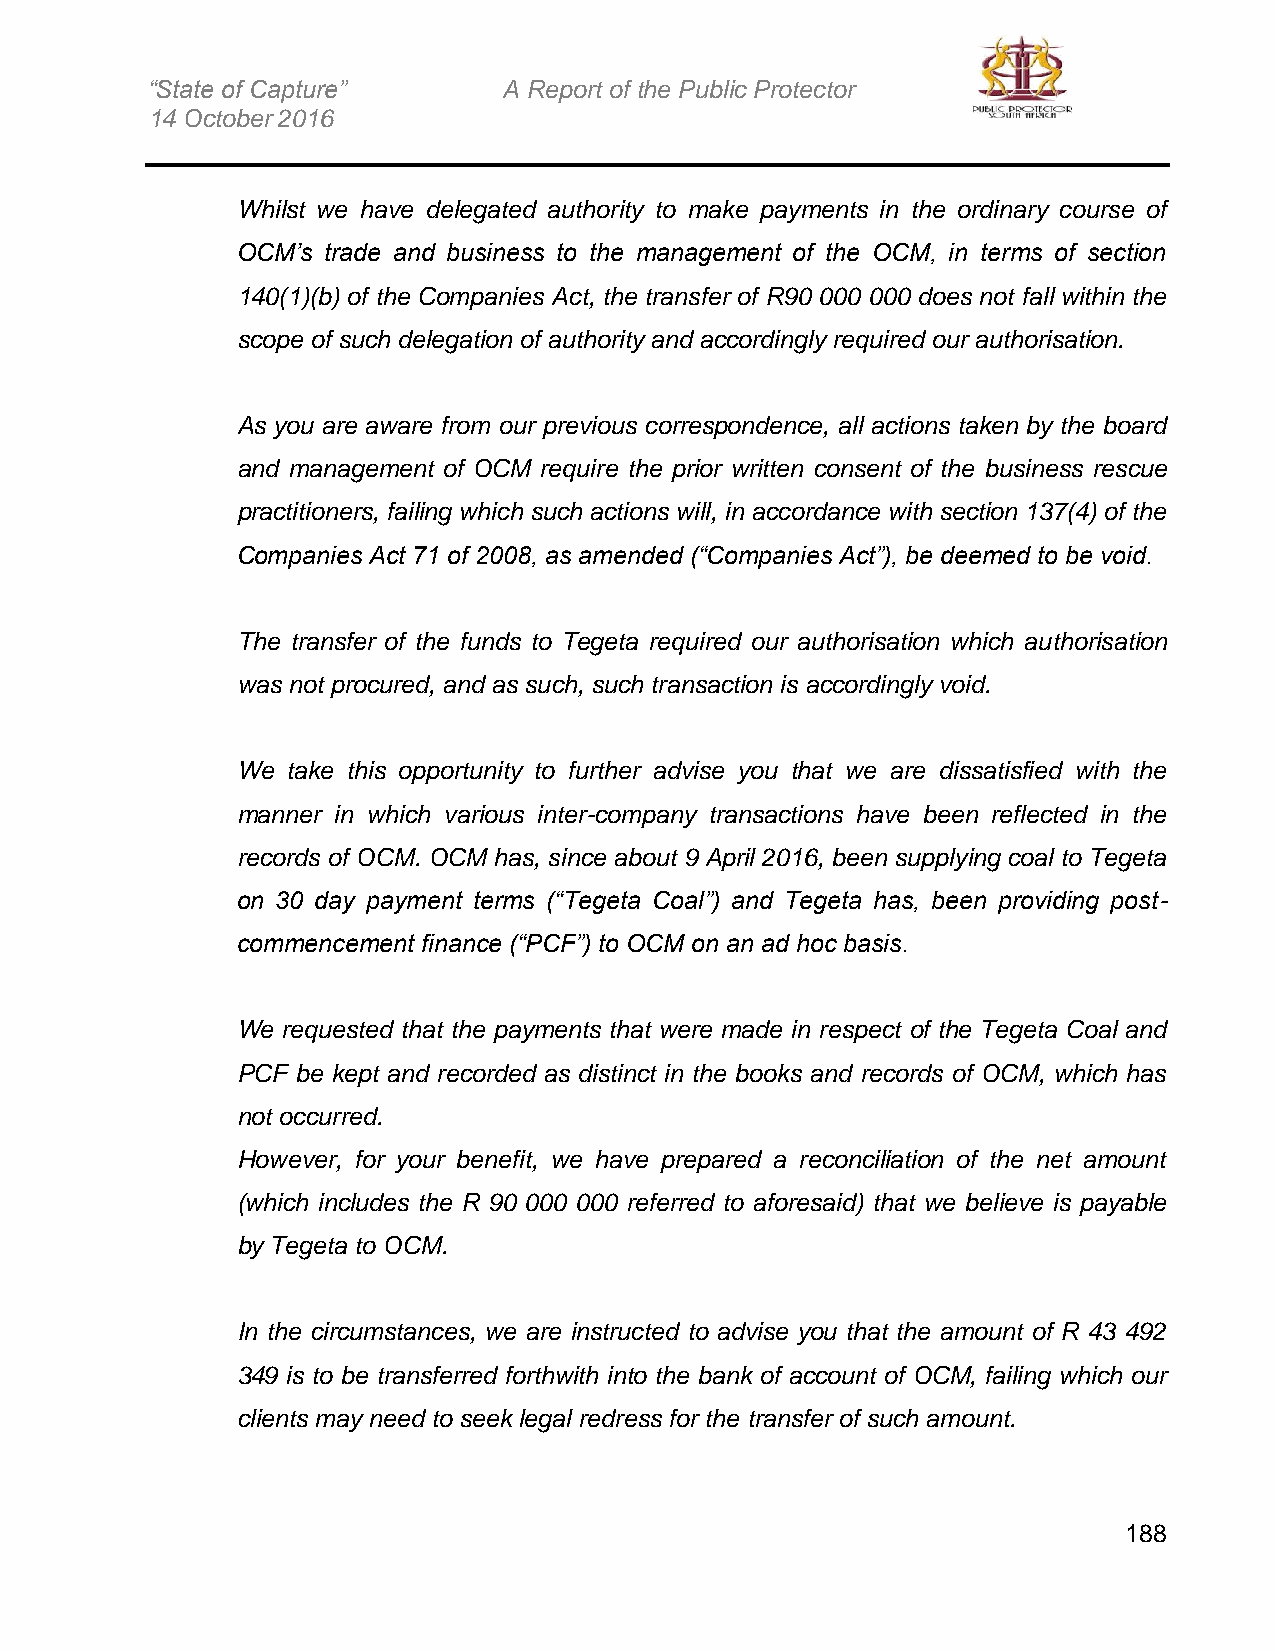
“State of Capture”     A Report of the Public Protector
 14 October 2016
 Whilst we have delegated authority to make payments in the ordinary course of
 OCM’s trade and business to the management of the OCM, in terms of section
 140(1)(b) of the Companies Act, the transfer of R90 000 000 does not fall within the
 scope of such delegation of authority and accordingly required our authorisation.
 As you are aware from our previous correspondence, all actions taken by the board
 and management of OCM require the prior written consent of the business rescue
 practitioners, failing which such actions will, in accordance with section 137(4) of the
 Companies Act 71 of 2008, as amended (“Companies Act”), be deemed to be void.
 The transfer of the funds to Tegeta required our authorisation which authorisation
 was not procured, and as such, such transaction is accordingly void.
 We take this opportunity to further advise you that we are dissatisfied with the
 manner in which various inter-company transactions have been reflected in the
 records of OCM. OCM has, since about 9 April 2016, been supplying coal to Tegeta
 on 30 day payment terms (“Tegeta Coal”) and Tegeta has, been providing post-
 commencement finance (“PCF”) to OCM on an ad hoc basis.
 We requested that the payments that were made in respect of the Tegeta Coal and
 PCF be kept and recorded as distinct in the books and records of OCM, which has
 not occurred.
 However, for your benefit, we have prepared a reconciliation of the net amount
 (which includes the R 90 000 000 referred to aforesaid) that we believe is payable
 by Tegeta to OCM.
 In the circumstances, we are instructed to advise you that the amount of R 43 492
 349 is to be transferred forthwith into the bank of account of OCM, failing which our
 clients may need to seek legal redress for the transfer of such amount.
 188